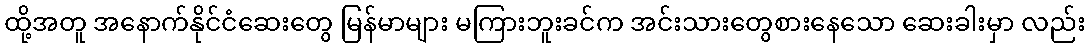
ထို့အတူ အနောက်နိုင်ငံဆေးတွေ မြန်မာများ မကြားဘူးခင်က အင်းသားတွေစားနေသော ဆေးခါးမှာ လည်း